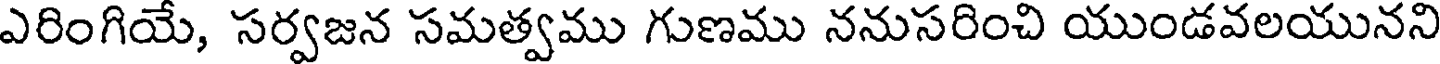
ఎరింగియే, సర్వజన సమత్వము గుణము ననుసరించి యుండవలయునని